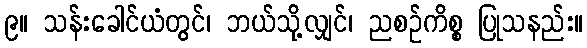
၉။ သန်းခေါင်ယံတွင်၊ ဘယ်သို့လျှင်၊ ညစဉ်ကိစ္စ ပြုသနည်း။